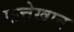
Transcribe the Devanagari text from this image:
फत्तेखान